Medical and sanitary report of the native army of Bengal for the year
Year: 1877
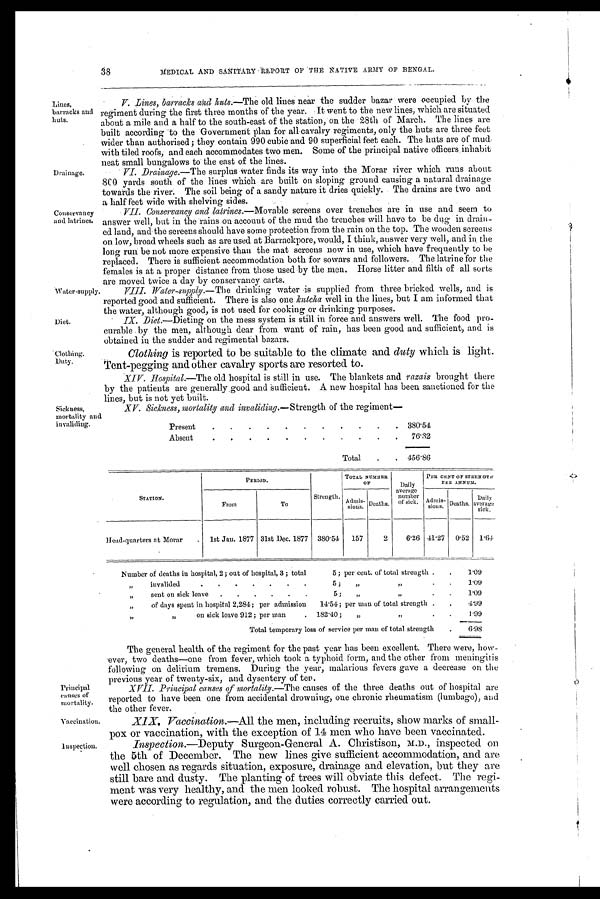
Water-supply
Diet.
Principal
causes of
mortality.
Vaccination.
Inspection.
38
MEDICAL AND SANITARY REPORT OF THE NATIVE ARMY OF BENGAL.
Lines,
barracks and
huts.
Drainage.
Conservancy
and latrines.
'Clothing.
Duty.
V . L i n e s , b a r r a c k s a n d h u t s . —T h e
o l d l i n e s n e a r t h e s u d d e r b a z a r w e r e o c c u p i e d b y t h e
regiment during the first three months of the year. It went to the new lines, which are situated
about a mile and a half to the south-east of the station, on the 28th of March. The lines are
built according to the Government plan for all cavalry regiments, only the huts are three feet
wider than authorised; they contain 990 cubic and 90 superficial feet each. The huts are of mud
with tiled roofs, and each accommodates two men. Some of the principal native officers inhabit
neat small bungalows to the east of the lines.
VI. Drainage.— The surplus water finds its way into the Morar river which runs about
800 yards south of the lines which are built on sloping ground causing a natural drainage
towards the river. The soil being of a sandy nature it dries quickly. The drains are two and
a half feet wide with shelving sides.
VII. Conservancy and latrines.—Movable screens over trenches are in use and seem to
answer well, but in the rains on account of the mud the trenches will have to be dug in drain-
ed land, and the screens should have some protection from the rain on the top. The wooden screens
on low, broad wheels such as are used at Barrackpore, would, I think ; answer very well, and in. the
long run be not more expensive than the mat screens now in use, which have frequently to be
replaced. There is sufficient accommodation both for sowars and followers. The latrine for the
females is at a proper distance from those used by the men. Horse litter and filth of all sorts
are moved twice a day by conservancy carts.
VIII. Water-supply.— The drinking water is supplied from three bricked wells, and is
reported good and sufficient. There is also one kutcha well in the lines, but I am informed that
the water, although good, is not used for cooking or drinking purposes.
IX. Diet.—Dieting on the mess system is still in force and answers well. The food pro-
curable by the men, although dear from want of rain, has been good and sufficient, and is
obtained in the sudder and regimental bazars.
Clothing is reported to be suitable to the climate and duty which is light.
Tent-pegging and other cavalry sports are resorted to.
XIV. Hospital.—The old hospital is still in use. The blankets and razais brought there
by the patients are generally good and sufficient. A new hospital has been sanctioned for the
lines, but is not yet built.
Sickness,
mortality and
i nvaliding.
XV. Sickness, mortality and invaliding,—Strength of the regiment
Present
.
.
.
.
.
.
.
.
.
.
.
380.54
Absent
.
.
.
.
.
.
.
.
.
.
.
76.32
Total.
.
.
456.86
STATION.
PERIOD,
TOTAL NUMBER
OF
Daily
average
number of
sick.
PER CENT OF STREN GT H
PER ANNUM.
From
To
Strength.
A d m i s s i o n s .
Deaths.
Admis-
sions. Deaths.
D i a l y
average
sick.
Head-quarters at Morar
.
1st Jan. 1877 31st Dec. 1877
380.54
157
2
6.26 41.27
0.52
1.64
Number of deaths in hospital, 2; out of hospital, 3; total
5; per cent. of total strength .
.
1.09
”
invalided
.
.
.
.
.
. .
5;
”
”
.
.
1.09
„
sent on sick leave
.
.
.
.
.
.
5;
,,
,,
.
.
1.09
„
of days spent in hospital 2,284; per admission
14.54; per man of total strength .
.
4.99
”
”
on sick leave 912; per man
. 182.40;
„
”
.
.
1.99
Total temporary loss of service per man of total strength
.
6.98
The general health of the regiment for the past year has been excellent. There were, how-
ever, two deaths—one from fever, which took a typhoid form, and the other from meningitis
following on delirium tremens. During the year, malarious fevers gave a decrease on the
previous year of twenty-six, and dysentery of ten.
XVII. Principal causes of mortality.—The causes of the three deaths out of hospital are
reported to have been one from accidental drowning, one chronic rheumatism (lumbago), and
the other fever.
XIX. Vaccination.—All the men, including recruits, show marks of small-
pox or vaccination, with the exception of 14 men who have been vaccinated.
Inspection.—Deputy Surgeon-General A. Christison, M.D., inspected on
the 5th of December. The new lines give sufficient accommodation, and are
well chosen as regards situation, exposure, drainage and elevation, but they are
still bare and dusty. The planting of trees will obviate this defect. The regi-
ment was very healthy, and the men looked robust. The hospital arrangements
were according to regulation, and the duties correctly carried out.